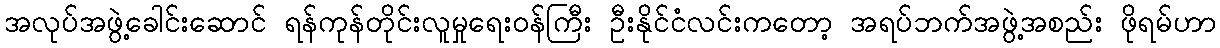
အလုပ်အဖွဲ့ခေါင်းဆောင် ရန်ကုန်တိုင်းလူမှုရေးဝန်ကြီး ဦးနိုင်ငံလင်းကတော့ အရပ်ဘက်အဖွဲ့အစည်း ဖိုရမ်ဟာ